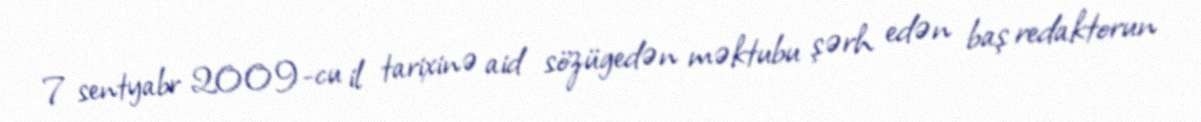
7 sentyabr 2009-cu il tarixinə aid sözügedən məktubu şərh edən baş redaktorun